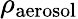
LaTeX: \rho_{\mathrm{aerosol}}